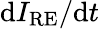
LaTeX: \mathrm{d}I_{\mathrm{RE}}/\mathrm{d}t